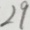
2 9